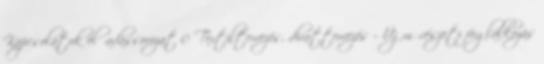
Kapcsolatok előadássorozat 0 Textiltervezés, divattervezés – Új művészeti foglalkozás